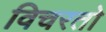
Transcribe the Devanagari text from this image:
विचरतो